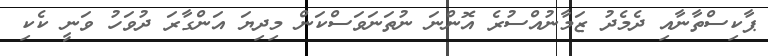
ޕާކިސްތާނާއި ދެމެދު ޒަމާނުއްސުރެ އޮންނަ ނުތަނަވަސްކަން މިދިޔަ އަންގާރަ ދުވަހު ވަނީ ކެކި